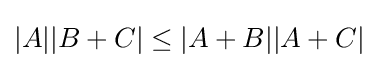
|A||B+C|\leq |A+B||A+C|